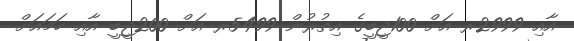
އާއި 2999ރ އަށް 100ޖީބީގެ އިތުރުން 5499ރ އަށް 200ޖީބީ އާއި ހަމައަށް